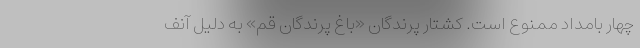
چهار بامداد ممنوع است. کشتار پرندگان «باغ پرندگان قم» به دلیل آنف